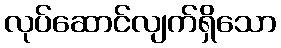
လုပ်ဆောင်လျက်ရှိသော